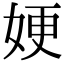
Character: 㛐